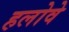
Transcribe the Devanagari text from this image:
हलोवे